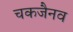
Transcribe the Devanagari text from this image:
चकजैनव